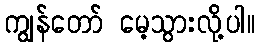
ကျွန်တော် မေ့သွားလို့ပါ။